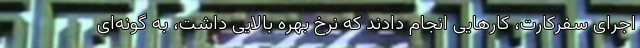
اجرای سفرکارت، کارهایی انجام دادند که نرخ بهره بالایی داشت، به گونه‌ای